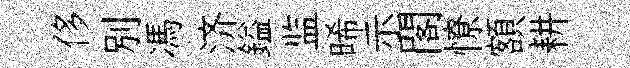
侈别馮济鎰监晞示閣憭額耕